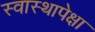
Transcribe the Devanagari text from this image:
स्वास्थापेक्षा